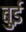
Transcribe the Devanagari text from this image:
बुई